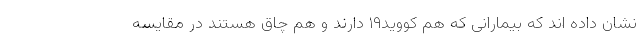
نشان داده اند که بیمارانی که هم کووید١٩ دارند و هم چاق هستند در مقایسه